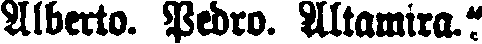
Alberto. Pedro. Altamira."